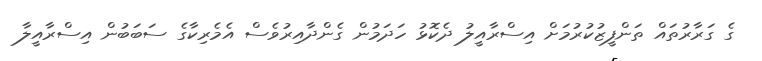
ގެ ގަރާރުތައް ތަންފީޒުކުރުމަށް އިސްރާއީލު ދެކޮޅު ހަދަމުން ގެންދާއިރުވެސް އެމެރިކާގެ ސަބަބުން އިސްރާއީލާ